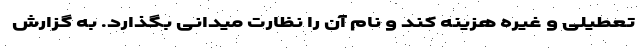
تعطیلی و غیره هزینه کند و نام آن را نظارت میدانی بگذارد. به گزارش